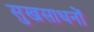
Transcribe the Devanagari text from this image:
सुखसाधनों